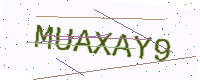
Text: MUAXAY9